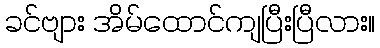
ခင်ဗျား အိမ်ထောင်ကျပြီးပြီလား။